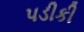
પડીકી